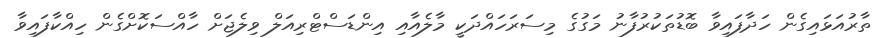
ތާރުއަޅައިގެން ހަދާފައިވާ ބޮޑުތަކުރުފާނު މަގުގެ މިސަރަހައްދަކީ މާލެއާއި އިންޑަސްޓްރިއަލް ވިލެޖަށް ހާއްސަކޮށްގެން ހިއްކާފައިވާ